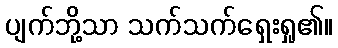
ပျက်ဘို့သာ သက်သက်ရှေးရှု၏။